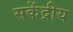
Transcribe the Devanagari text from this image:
सकेंद्रीय